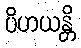
ပိဟယန္တိ